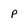
Character: p